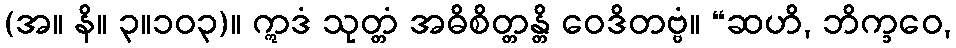
(အ။ နိ။ ၃။၁၀၃)။ ဣဒံ သုတ္တံ အဓိစိတ္တန္တိ ဝေဒိတဗ္ဗံ။ “ဆဟိ, ဘိက္ခဝေ,